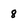
Character: 8